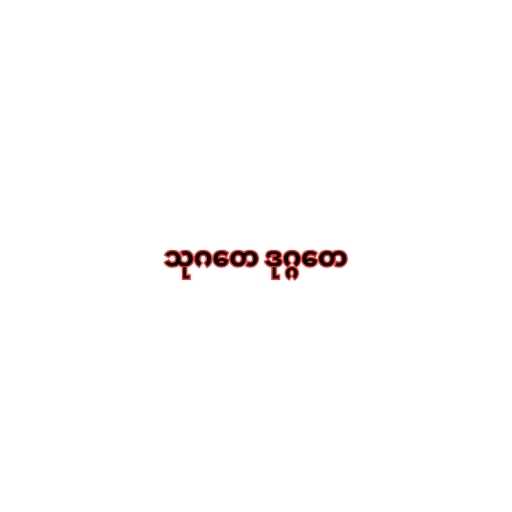
သုဂတေ ဒုဂ္ဂတေ